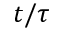
t / \tau